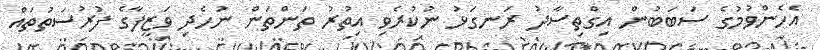
އެހެންވުމުގެ ސަބަބުން އިގްތިސާދު ރަނގަޅު ނުކުރެވި އިތުރު ތަންތަން ނުހެދި ވަޒީފާގެ ފުރުސަތުތައް